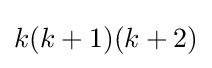
k(k+1)(k+2)